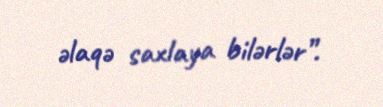
əlaqə saxlaya bilərlər”.